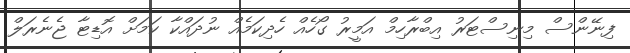
ފިނޭންސް މިނިސްޓަރު އިބްރާހިމް އަމީރު ގޯހެއް ހެދިކަމެއް ނުދައްކާ ކަމަށް އޮޑިޓާ ޖެނެރަލް